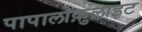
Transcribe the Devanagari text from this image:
पापालोक़ुलाइट